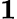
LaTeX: \boldsymbol{1}